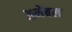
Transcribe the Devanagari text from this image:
अमेंबल